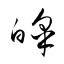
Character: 皞